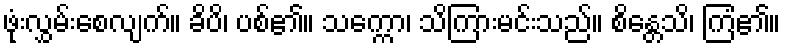
ဖုံးလွှမ်းစေလျက်။ ခိပိ၊ ပစ်၏။ သက္ကော၊ သိကြားမင်းသည်။ စိန္တေသိ၊ ကြံ၏။